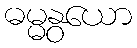
ဓမ္မနွယော